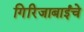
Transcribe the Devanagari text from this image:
गिरिजाबाईंचे